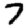
Digit: 7